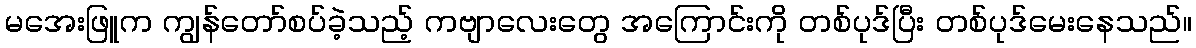
မအေးဖြူက ကျွန်တော်စပ်ခဲ့သည့် ကဗျာလေးတွေ အကြောင်းကို တစ်ပုဒ်ပြီး တစ်ပုဒ်မေးနေသည်။